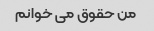
من حقوق می خوانم